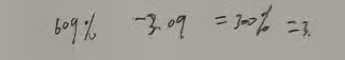
6 0 9 \% - 3 . 0 9 = 3 0 0 \% = 3